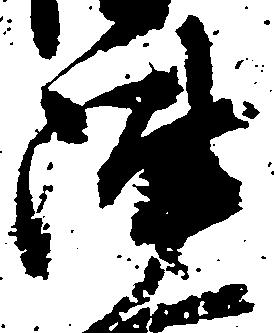
陣